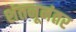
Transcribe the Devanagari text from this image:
शंतनूनंतर